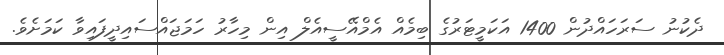
ދެކުނު ސަރަހައްދުން 1400 އަކަމީޓަރުގެ ބިމެއް އެމްއޭސީއެލް އިން މިހާރު ހަމަޖައްސައިދީފައިވާ ކަމަށެވެ.